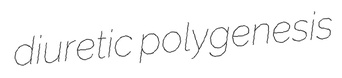
diuretic polygenesis